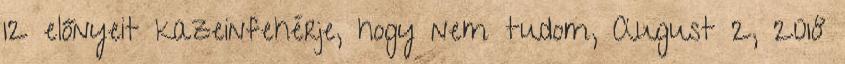
12 előnyeit kazeinfehérje, hogy nem tudom, August 2, 2018